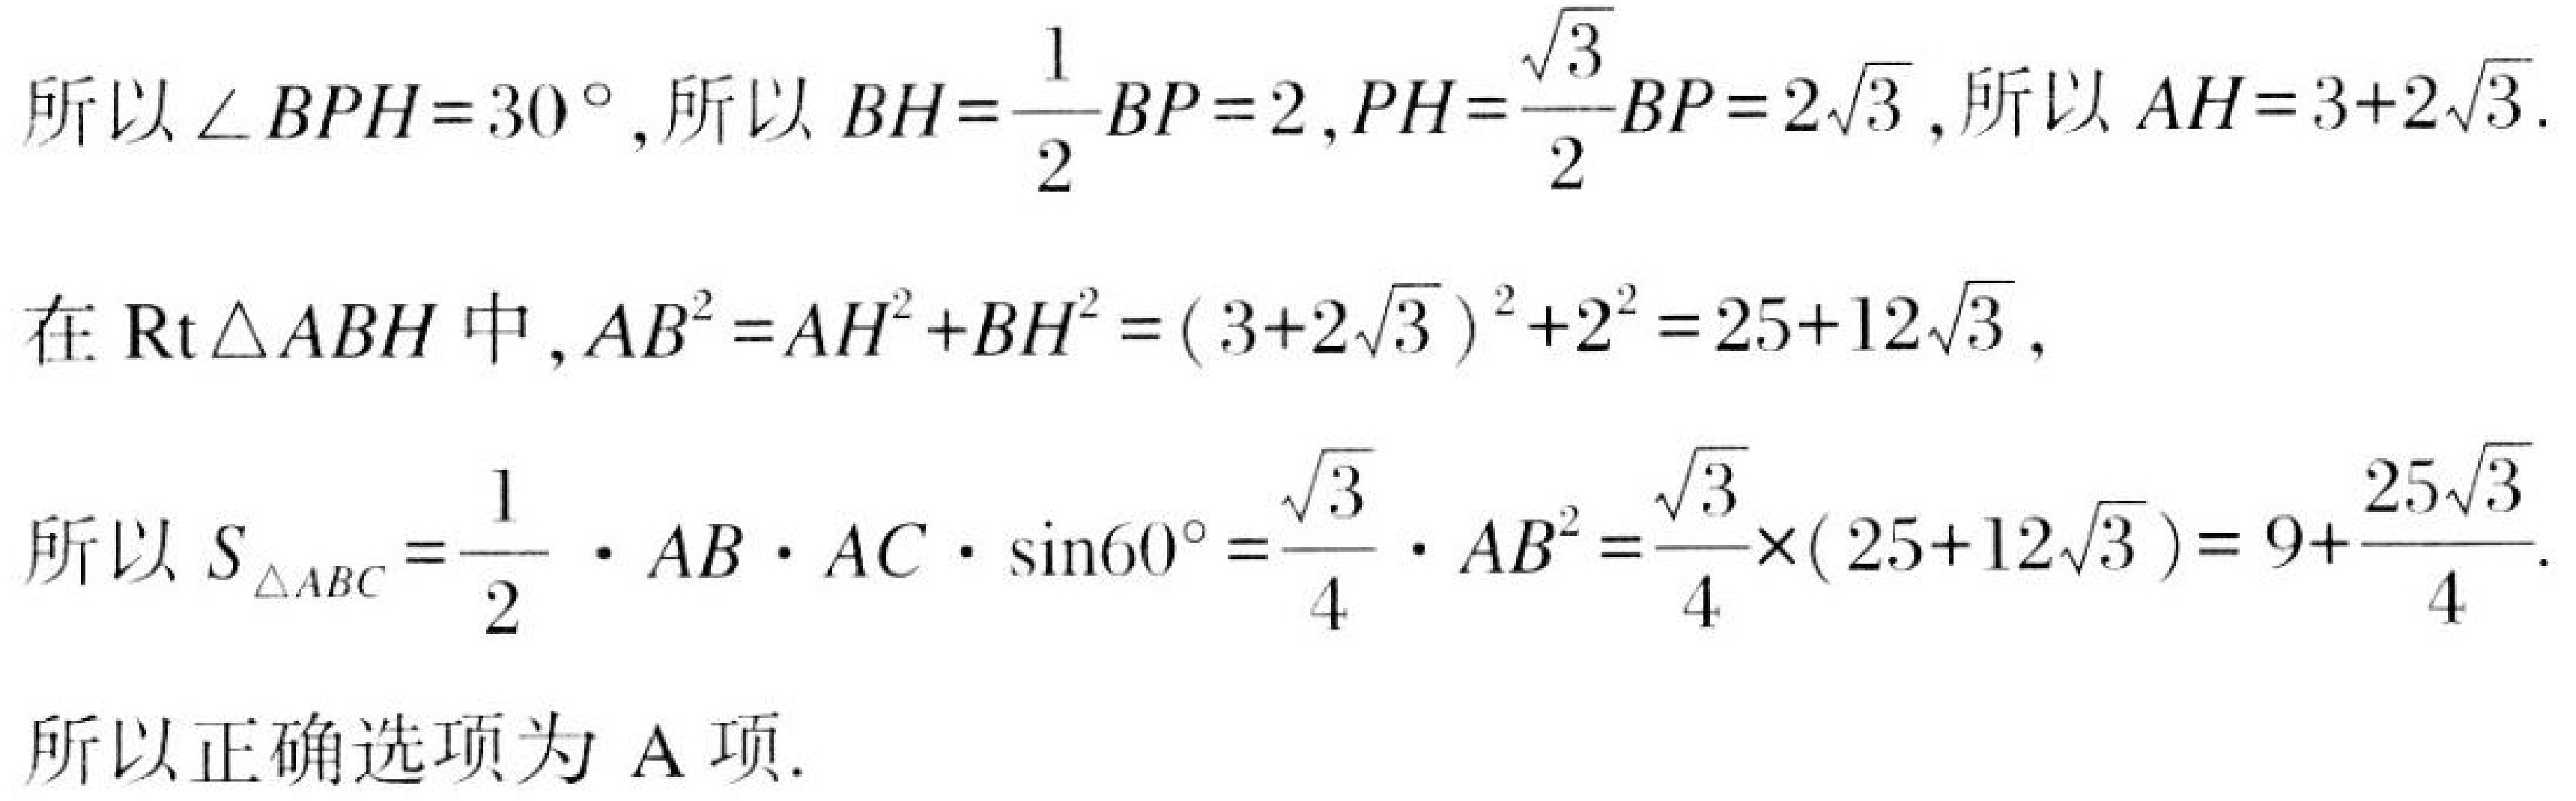
所以\(\angle BPH = 30^{\circ}\)，所以\(BH=\frac{1}{2}BP = 2\)，\(PH=\frac{\sqrt{3}}{2}BP = 2\sqrt{3}\)，所以\(AH = 3 + 2\sqrt{3}\).

在\(\text{Rt}\triangle ABH\)中，\(AB^{2}=AH^{2}+BH^{2}=(3 + 2\sqrt{3})^{2}+2^{2}=25 + 12\sqrt{3}\)，

所以\(S_{\triangle ABC}=\frac{1}{2}\cdot AB\cdot AC\cdot\sin60^{\circ}=\frac{\sqrt{3}}{4}\cdot AB^{2}=\frac{\sqrt{3}}{4}\times(25 + 12\sqrt{3})=9+\frac{25\sqrt{3}}{4}\).

所以正确选项为A项.